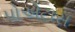
પોએટાસ